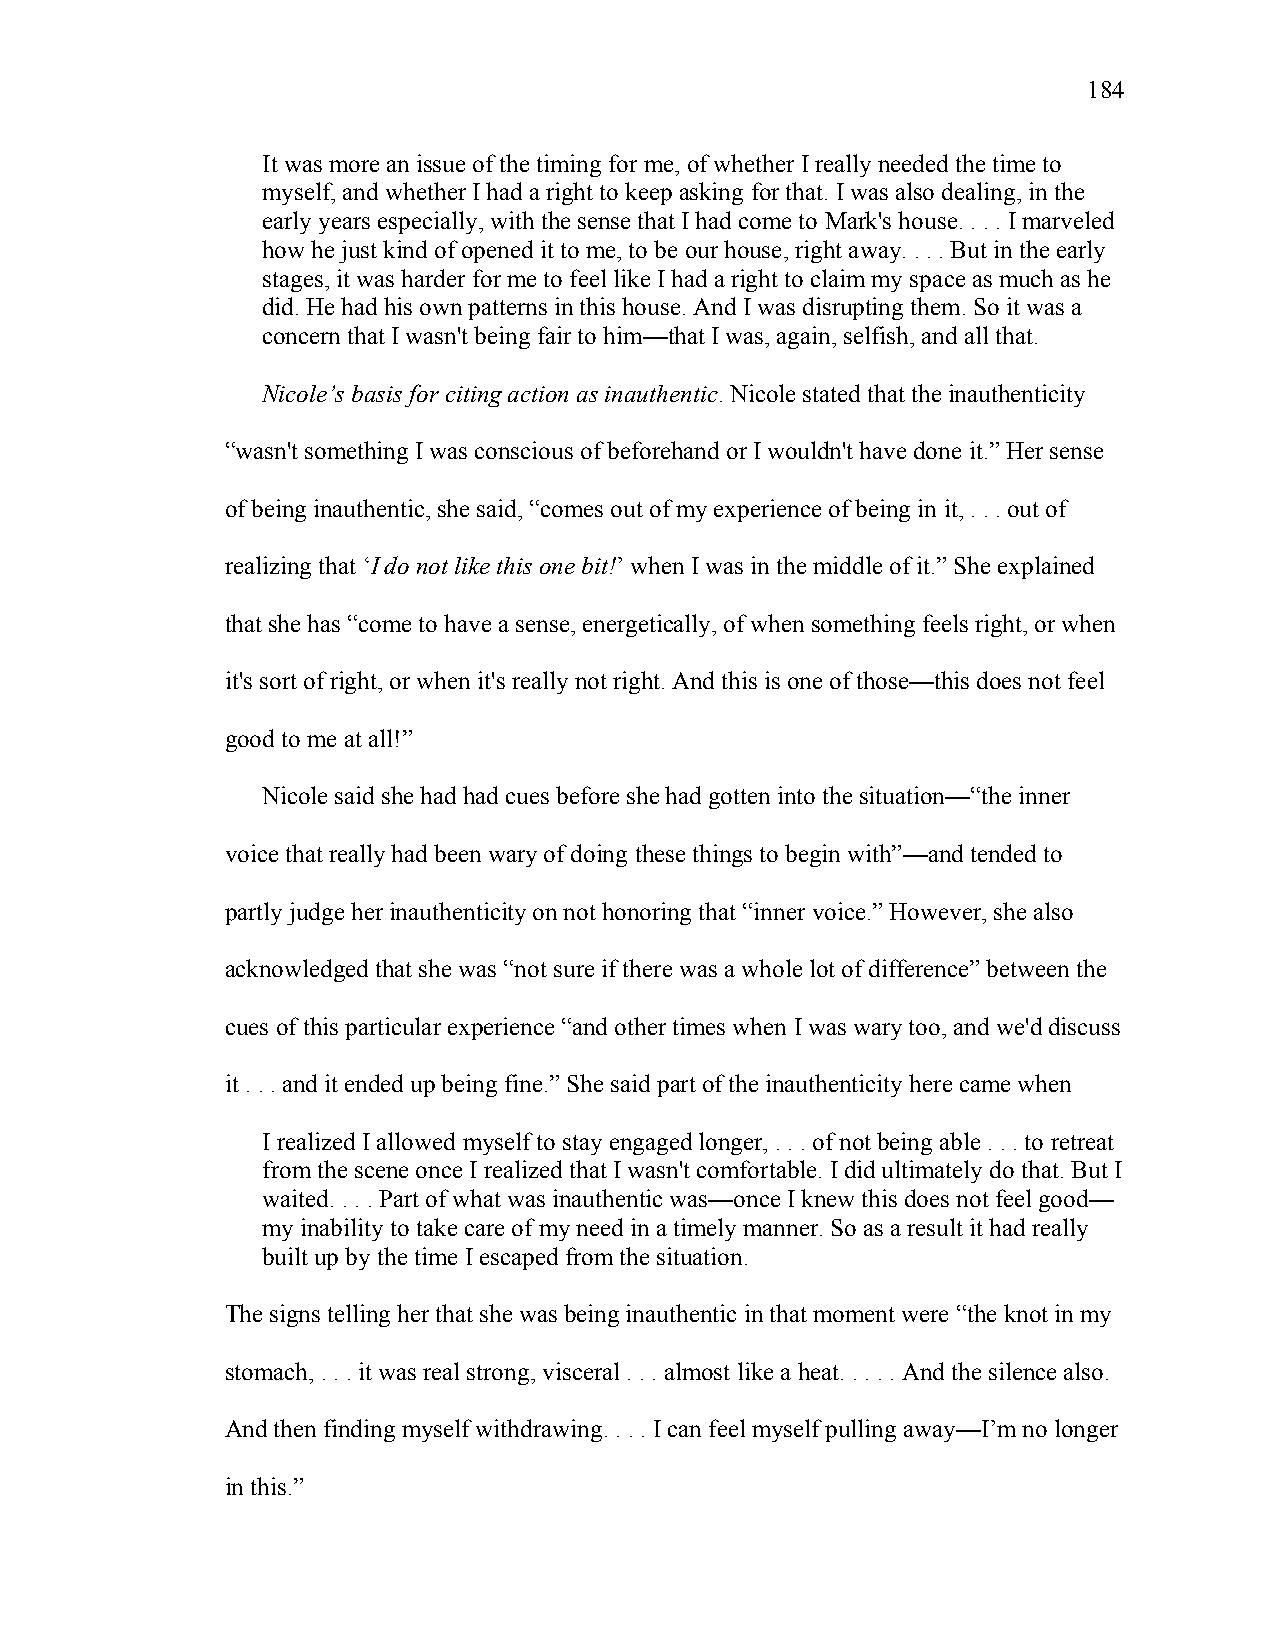
184
 It was more an issue of the timing for me, of whether I really needed the time to
 myself, and whether I had a right to keep asking for that. I was also dealing, in the
 early years especially, with the sense that I had come to Mark's house. . . . I marveled
 how he just kind of opened it to me, to be our house, right away. . . . But in the early
 stages, it was harder for me to feel like I had a right to claim my space as much as he
 did. He had his own patterns in this house. And I was disrupting them. So it was a
 concern that I wasn't being fair to him—that I was, again, selfish, and all that.
 Nicole’s basis for citing action as inauthentic. Nicole stated that the inauthenticity
 “wasn't something I was conscious of beforehand or I wouldn't have done it.” Her sense
 of being inauthentic, she said, “comes out of my experience of being in it, . . . out of
 realizing that ‘I do not like this one bit!’ when I was in the middle of it.” She explained
 that she has “come to have a sense, energetically, of when something feels right, or when
 it's sort of right, or when it's really not right. And this is one of those—this does not feel
 good to me at all!”
 Nicole said she had had cues before she had gotten into the situation—“the inner
 voice that really had been wary of doing these things to begin with”—and tended to
 partly judge her inauthenticity on not honoring that “inner voice.” However, she also
 acknowledged that she was “not sure if there was a whole lot of difference” between the
 cues of this particular experience “and other times when I was wary too, and we'd discuss
 it . . . and it ended up being fine.” She said part of the inauthenticity here came when
 I realized I allowed myself to stay engaged longer, . . . of not being able . . . to retreat
 from the scene once I realized that I wasn't comfortable. I did ultimately do that. But I
 waited. . . . Part of what was inauthentic was—once I knew this does not feel good—
 my inability to take care of my need in a timely manner. So as a result it had really
 built up by the time I escaped from the situation.
 The signs telling her that she was being inauthentic in that moment were “the knot in my
 stomach, . . . it was real strong, visceral . . . almost like a heat. . . . . And the silence also.
 And then finding myself withdrawing. . . . I can feel myself pulling away—I’m no longer
 in this.”